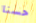
حسنا